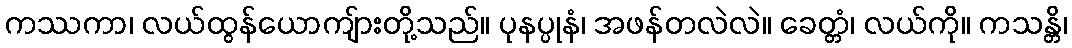
ကဿကာ၊ လယ်ထွန်ယောကျ်ားတို့သည်။ ပုနပ္ပုနံ၊ အဖန်တလဲလဲ။ ခေတ္တံ၊ လယ်ကို။ ကသန္တိ၊